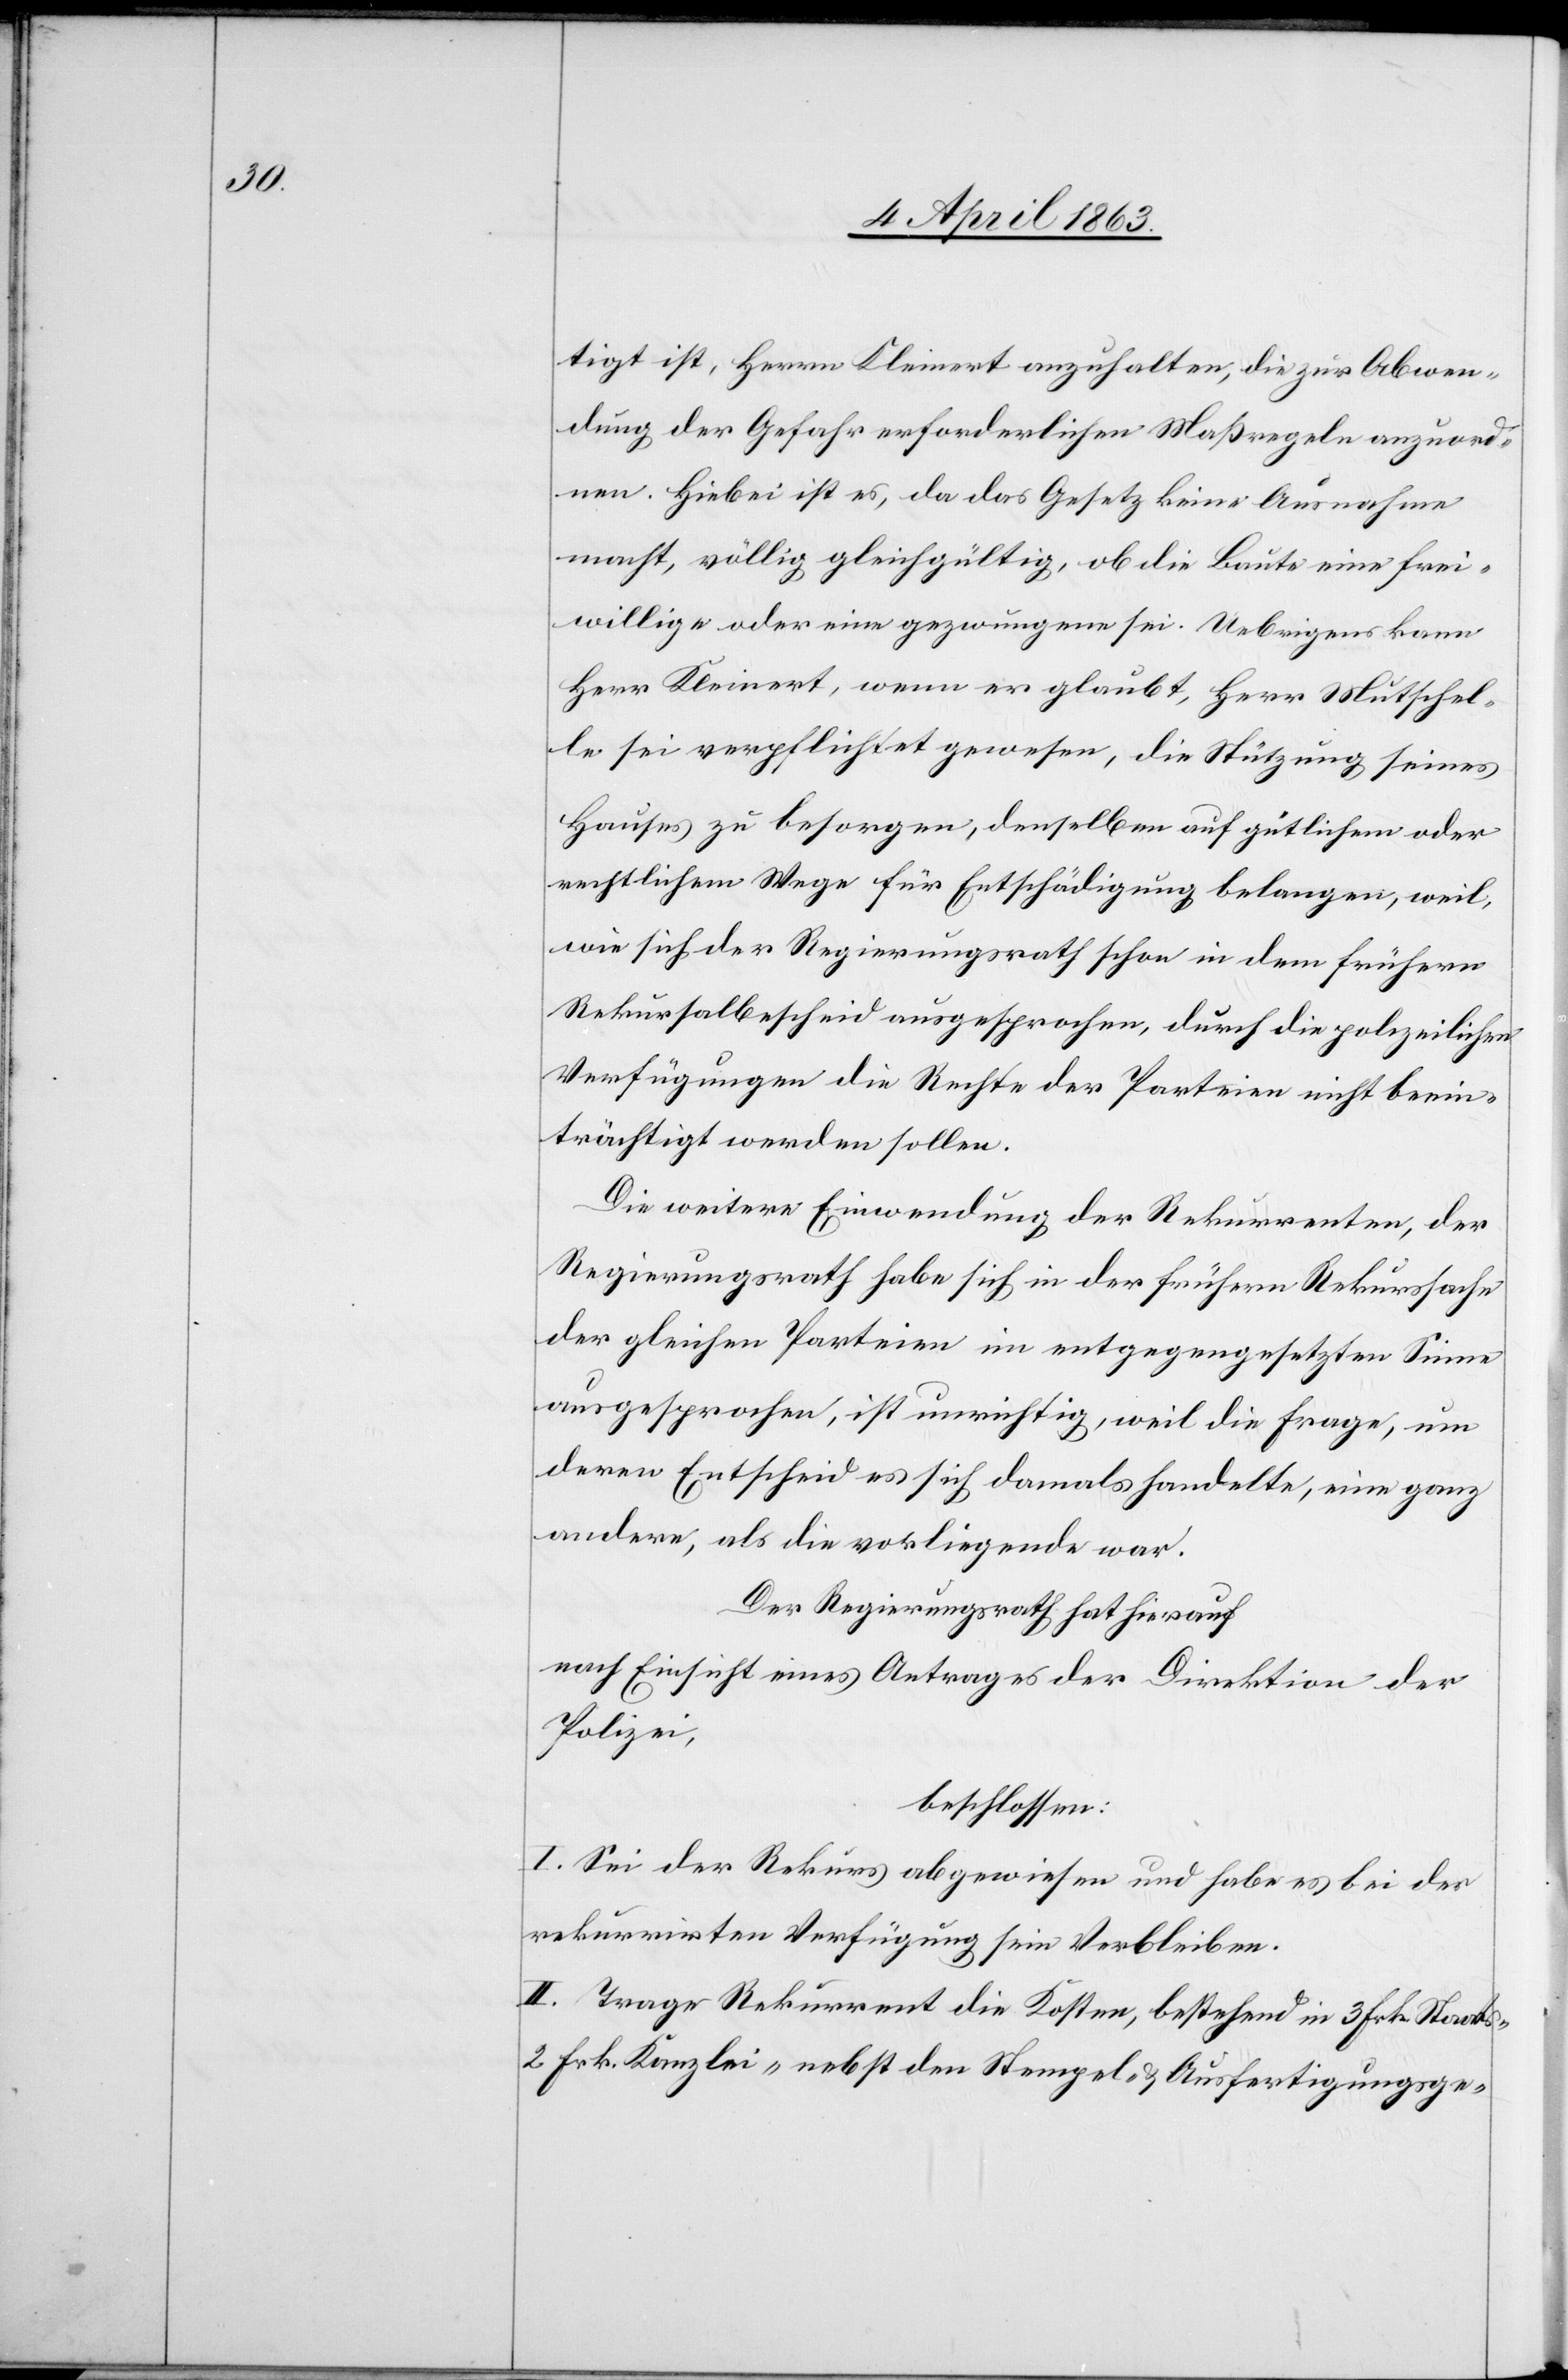
tigt ist, Herrn Kleinert anzuhalten, die zur Abwen¬
dung der Gefahr erforderlichen Maßregeln anzuord¬
nen. Hiebei ist es, da das Gesetz keine Ausnahme
macht, völlig gleichgültig, ob die Baute eine frei¬
willige oder eine gezwungene sei. Uebrigens kann
Herr Kleinert, wenn er glaubt, Herr Mutschel¬
le sei verpflichtet gewesen, die Stützung seines
Hauses zu besorgen, denselben auf gütlichem oder
rechtlichem Wege für Entschädigung belangen, weil,
wie sich der Regierungsrath schon in dem frühern
Rekursalbescheid ausgesprochen, durch die polizeilichen
Verfügungen die Rechte der Parteien nicht beein¬
trächtigt werden sollen.
Die weitere Einwendung der Rekurrenten, der
Regierungsrath habe sich in der frühern Rekurssache
der gleichen Parteien im entgegengesetzten Sinne
ausgesprochen, ist unrichtig, weil die Frage, um
deren Entscheid es sich damals handelte, eine ganz
andere, als die vorliegende war.
Der Regierungsrath hat hierauf
nach Einsicht eines Antrages der Direktion der
Polizei,
beschlossen:
I. Sei der Rekurs abgewiesen und habe es bei der
rekurrirten Verfügung sein Verbleiben.
II. Trage Rekurrent die Kosten, bestehend in 3 Frk. Staats-[,]
2 Frk. Kanzlei- nebst den Stempel- & Ausfertigungsge-